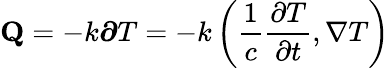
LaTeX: \mathbf{Q}=-k{\boldsymbol{\partial}}T=-k\left({\frac{1}{c}}{\frac{\partial T}{\partial t}},\nabla T\right)